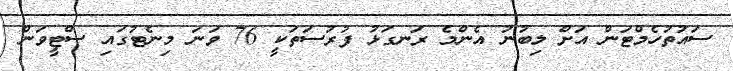
ސައުތުހެމްޓަން އަށް ލިބުނު އެންމެ ރަނގަޅު ފުރުސަތަކީ 76 ވަނަ މިނެޓުގައި ސްޓީވަން